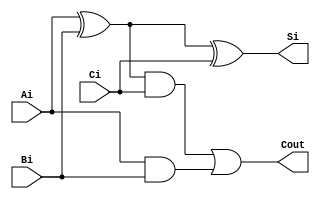
`timescale 1ns / 1ps
/*
**********************************************************
** Logic Design Final Project Fall, 2019 Semester
** Amirkabir University of Technology (Tehran Polytechnic)
** Department of Computer Engineering (CEIT-AUT)
** Logic Circuit Design Laboratory
** https://ceit.aut.ac.ir
**********************************************************
** Student ID: 9731078 (Negin HajiSobhani)
** Student ID: 9731096 (Amirhossein Alibakhshi)
**********************************************************
** Module Name: fullAdder
**********************************************************
** Additional Comments:
	a full-adder
*/
module fullAdder(Ai,Bi,Ci,Si,Cout);
	input Ai,Bi,Ci;
	output Si,Cout;
	wire x,y,z;
	xor g1(x,Ai,Bi);
	and g2(z,Ai,Bi);
	xor g3(Si,x,Ci);
	and g4(y,x,Ci);
	or g5(Cout,y,z);
endmodule